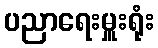
ပညာရေးမှူးရုံး